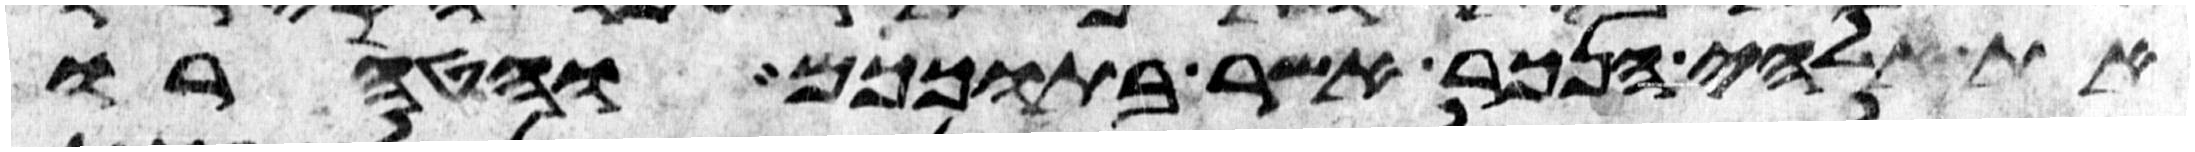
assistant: את אלהי הנכר אשר בתוככם והטהרו